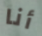
أنا